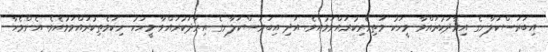
އިބަރަސްކަލާނގެ އިރާދަކުރައްވާ މީހަކު މަތިވެރިކުރައްވަމުއެވެ. އަދި އިބަރަސްކަލާނގެ އިރާދަކުރައްވާ މީހަކު ނިކަމެތިކުރައްވަމުއެވެ. އެންމެހާ